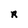
Character: R